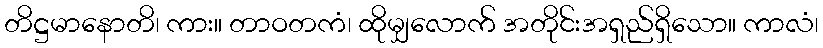
တိဋ္ဌမာနောတိ၊ ကား။ တာဝတကံ၊ ထိုမျှလောက် အတိုင်းအရှည်ရှိသော။ ကာလံ၊